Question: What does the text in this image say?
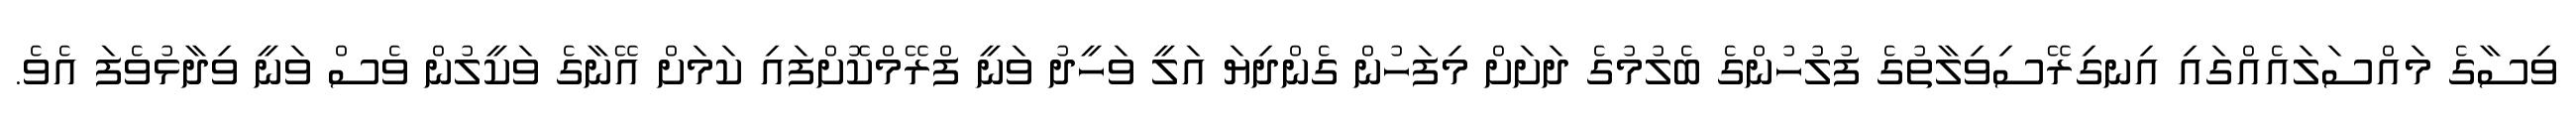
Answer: ވިސާގެ މައްސަލައެއްގައި އިނގިރޭސިވިލާތުގެ ފުލުހުންގެ ބެލުމުގެ ދަށަށް މިފަހުން ގެންދިޔަ އަލީ ވަހީދު ވަނީ ފްރޭމްކޮށްފައި ކަމަށް އޭނާގެ ވަކީލުން ވެސް ވަނީ ވިދާޅުވެފަ އެވެ.